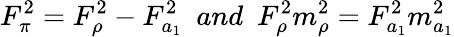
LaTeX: F_{\pi}^{2}=F_{\rho}^{2}-F_{a_{1}}^{2}\ \ and\ \ F_{\rho}^{2}m_{\rho}^{2}=F_{a_{1}}^{2}m_{a_{1}}^{2}